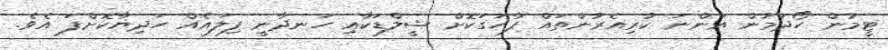
ޓީމުން ހޯދަމުން އަންނަ ކުރިއެރުންތައް ފާހަގަކޮށް ޝީލްޑަކާއި ހަނދާނީ ފިލައެއް ހަދިޔާކޮށްފަ އެވެ.